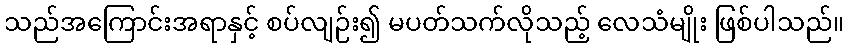
သည်အကြောင်းအရာနှင့် စပ်လျဉ်း၍ မပတ်သက်လိုသည့် လေသံမျိုး ဖြစ်ပါသည်။